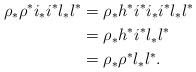
LaTeX: \begin{align*}\rho_*\rho^*i_*i^*l_*l^*&= \rho_*h^*i^*i_*i^*l_*l^*\\&=\rho_*h^*i^*l_*l^*\\&=\rho_*\rho^*l_*l^*.\end{align*}